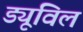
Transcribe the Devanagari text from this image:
ड्यूविल